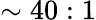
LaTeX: \sim 40:1